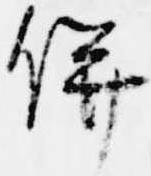
併